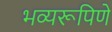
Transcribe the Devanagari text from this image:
भव्यरूपिणे